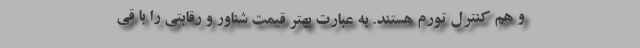
و هم کنترل تورم هستند. به عبارت بهتر قیمت شناور و رقابتی را با قی